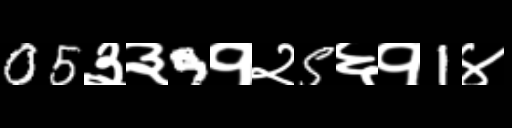
Text: 05३३9१२5६१1४